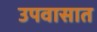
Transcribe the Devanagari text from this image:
उपवासात